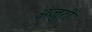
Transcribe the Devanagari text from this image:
अंजुरी